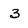
Character: 3